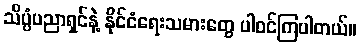
သိပ္ပံပညာရှင်နဲ့ နိုင်ငံရေးသမားတွေ ပါဝင်ကြပါတယ်။